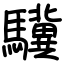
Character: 驥